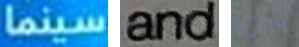
سينما and تعرفى